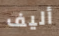
أليف